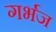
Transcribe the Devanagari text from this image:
गर्भज